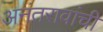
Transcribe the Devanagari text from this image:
अनंतरावांची